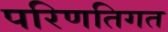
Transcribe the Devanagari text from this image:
परिणतिगत